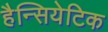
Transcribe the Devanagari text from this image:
हैन्सियेटिक